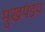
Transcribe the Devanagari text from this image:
मुखपंडप